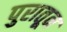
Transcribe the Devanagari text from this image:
पुरातून